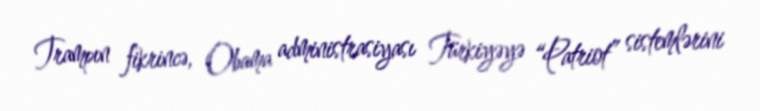
Trampın fikrincə, Obama administrasiyası Türkiyəyə “Patriot” sistemlərini